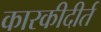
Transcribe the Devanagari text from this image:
कारकीदीर्त